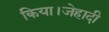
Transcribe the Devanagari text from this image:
किया।जेहादी